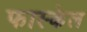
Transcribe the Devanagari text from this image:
फास्केल